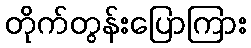
တိုက်တွန်းပြောကြား